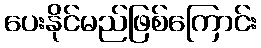
ပေးနိုင်မည်ဖြစ်ကြောင်း